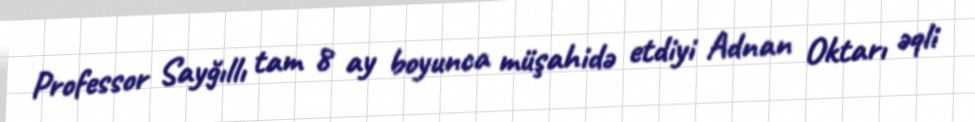
Professor Sayğıllı tam 8 ay boyunca müşahidə etdiyi Adnan Oktarı əqli